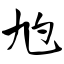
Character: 尥